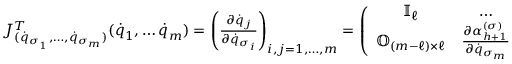
\begin{array} { l } { J _ { ( { \dot { q } } _ { \sigma _ { 1 } } , \dots , { \dot { q } } _ { \sigma _ { m } } ) } ^ { T } ( { \dot { q } } _ { 1 } , \dots { \dot { q } } _ { m } ) = \left( \frac { \partial { \dot { q } } _ { j } } { \partial { \dot { q } } _ { \sigma _ { i } } } \right) _ { i , j = 1 , \dots , m } = \left( \begin{array} { c c c c } { { \mathbb I } _ { \ell } } & { \dots } & { } & { \dots } \\ { { \mathbb O } _ { ( m - \ell ) \times \ell } } & { \frac { \partial \alpha _ { h + 1 } ^ { ( \sigma ) } } { \partial { \dot { q } } _ { \sigma _ { m } } } } & { \dots } & { \frac { \partial \alpha _ { k } ^ { ( \sigma ) } } { \partial { \dot { q } } _ { \sigma _ { m } } } } \end{array} \right) } \end{array}